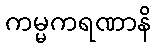
ကမ္မကရဏာနိ